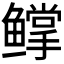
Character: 𬶰